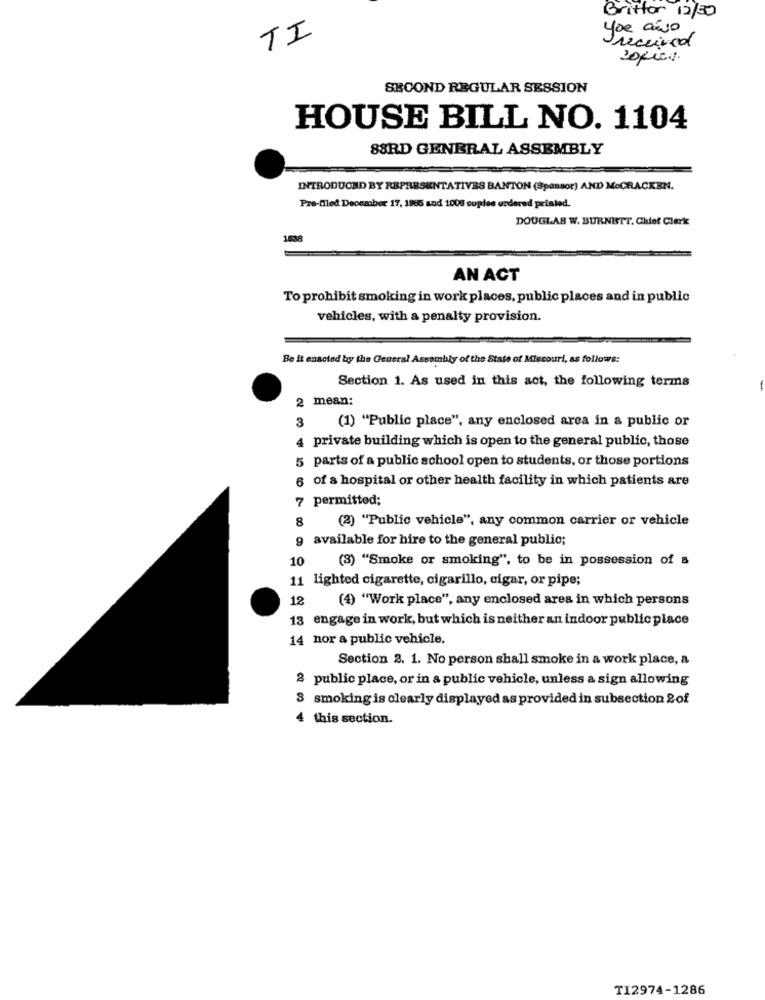
Brittor 12/30
you año
TI
Ireceived
SECOND REGULAR SESSION
HOUSE BILL NO. 1104
88RD GENERAL ASSEMBLY
INTRODUCED BY REPRESENTATIVES BANTON (Sponsor) AND MeCRACKEN.
Pre-filed Deoszaber 17, 1985 and 1000 copies ordered printed.
DOUGLAS W. BURNISTT. Chief Clerk
1638
AN ACT
To prohibit smoking in work places, public places and in public
vehicles, with a penalty provision.
Be it enacted by the General Assembly of the State of Missouri, as follows:
Section 1. As used in this act, the following terms
2 mean:
3
(1) "Public place", any enclosed area in a public or
4 private building which is open to the general public, those
5 parts of a public school open to students, or those portions
6 of a hospital or other health facility in which patients are
7 permitted;
8
(2) "Public vehicle", any common carrier or vehicle
9 available for hire to the general public;
10
(3) "Smoke or smoking", to be in possession of a
11 lighted cigarette, cigarillo, cigar, or pipe;
12
(4) "Work place", any enclosed area in which persons
13 engage in work, but which is neither an indoor public place
14 nor a public vehicle.
Section 2. 1. No person shall smoke in a work place, a
2 public place, or in a public vehicle, unless a sign allowing
3 smoking is clearly displayed as provided in subsection &of
4 this section.
TI2974-1286